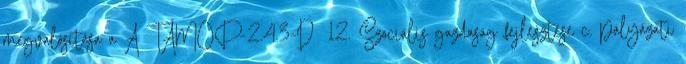
megvalósítása a A TÁMOP-2.4.3-D 12. Szociális gazdaság fejlesztése c. pályázati